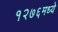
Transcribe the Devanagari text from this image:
१२७६मध्ये